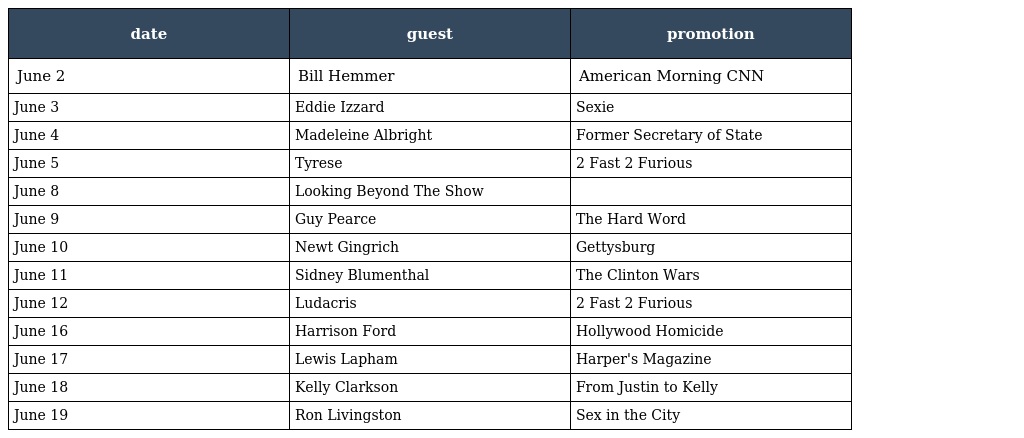
| date | guest | promotion |
 | --- | --- | --- |
 | June 2 | Bill Hemmer | American Morning CNN |
 | June 3 | Eddie Izzard | Sexie |
 | June 4 | Madeleine Albright | Former Secretary of State |
 | June 5 | Tyrese | 2 Fast 2 Furious |
 | June 8 | Looking Beyond The Show |  |
 | June 9 | Guy Pearce | The Hard Word |
 | June 10 | Newt Gingrich | Gettysburg |
 | June 11 | Sidney Blumenthal | The Clinton Wars |
 | June 12 | Ludacris | 2 Fast 2 Furious |
 | June 16 | Harrison Ford | Hollywood Homicide |
 | June 17 | Lewis Lapham | Harper's Magazine |
 | June 18 | Kelly Clarkson | From Justin to Kelly |
 | June 19 | Ron Livingston | Sex in the City |